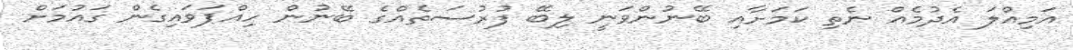
އަމިއްލަ އެދުމެއް ނެތި ކަމަށާއި ބޭނުންވަނީ ލިބޭ ފުރުސަތެއްގެ ބޭނުން ހިއްޕަވައިގެން ގައުމަށް